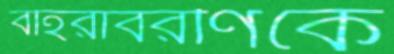
বহিরাবরণিকে